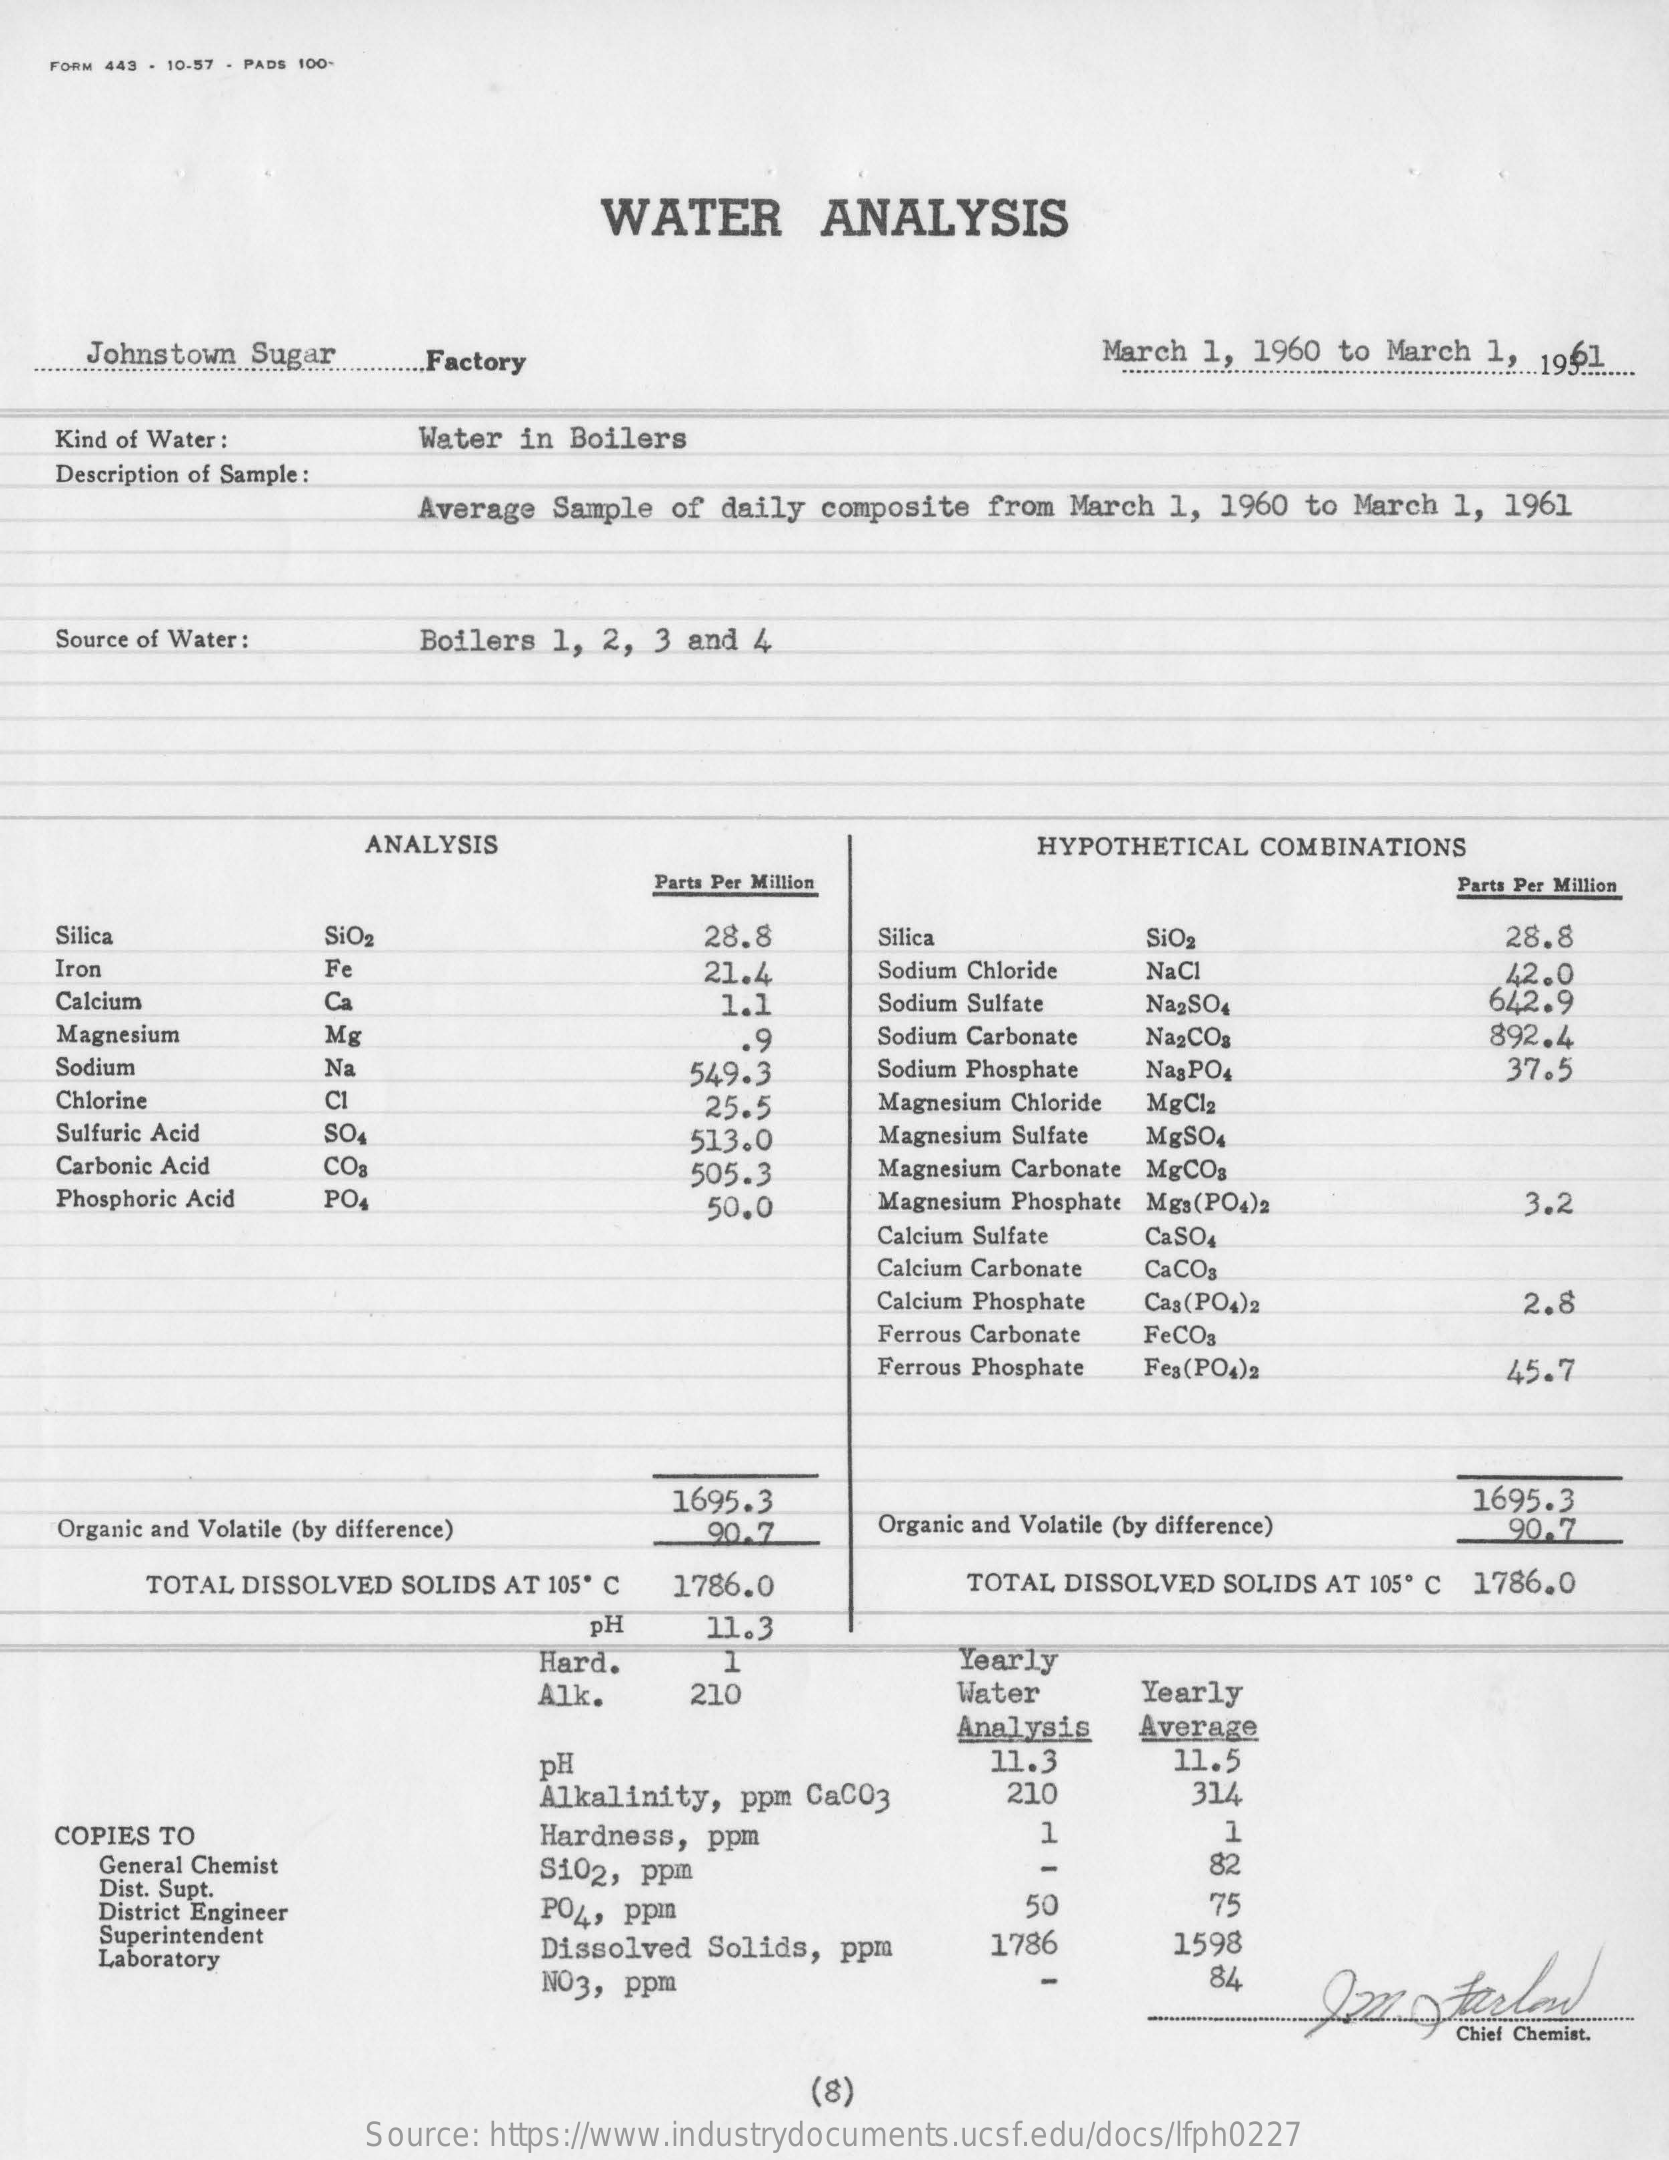
FORM 443 - 10-57 . PADS 100-
     WATER    ANALYSIS
     Johnstown Sugar .Factory    March 1, 1960 to March 1, 1991 ...
   Kind of Water :  Water in Boilers
   Description of Sample :
     Average Sample of daily composite from March 1, 1960 to March 1, 1961
   Source of Water : Boilers 1, 2, 3 and 4
     ANALYSIS    HYPOTHETICAL COMBINATIONS
     Parts Per Million    Parts Per Million
   Silica    SiO2    28.8    Silica    SiO    28.8
   Iron    Fe    21.4    Sodium Chloride NaCl    42.0
   Calcium    Ca    1.1    Sodium Sulfate NagSO4    642.9
   Magnesium    Mg    .9    Sodium Carbonate NagCO3    892.4
   Sodium    Na    549.3    Sodium Phosphate Nas PO4    37.5
   Chlorine    CI    25.5    Magnesium Chloride MgCl2
   Sulfuric Acid SO    513.0    Magnesium Sulfate MgSO4
   Carbonic Acid CO    505.3    Magnesium Carbonate MgCOs
   Phosphoric Acid PO    50.0    Magnesium Phosphate Mgs(PO4)2  3.2
     Calcium Sulfate CaSO4
     Calcium Carbonate CaCO
     Calcium Phosphate Cag(PO4)2    2.8
     Ferrous Carbonate FeCOs
     Ferrous Phosphate Fes(PO4)2   45.7
     1695.3    1695.3
   Organic and Volatile (by difference) 90.7 Organic and Volatile (by difference) 90.7
     TOTAL DISSOLVED SOLIDS AT 105º C 1786.0 TOTAL DISSOLVED SOLIDS AT 105º C 1786.0
     PH    11.3
     Hard.   1    Yearly
     Alk.   210    Water   Yearly
     Analysis Average
     pH    11.3    11.5
     Alkalinity, ppm CaCO3 210    314
   COPIES TO    Hardness, ppm    1    1
     General Chemist    Si02, ppm    82
     Dist. Supt.
     District Engineer    PO4, ppin    50    75
     Superintendent
     Laboratory    Dissolved Solids, ppm 1786    1598
     NO3, ppm    84
     (8)
     Source: https://www.industrydocuments.ucsf.edu/docs/lfph0227